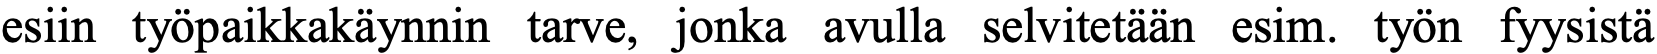
esiin työpaikkakäynnin tarve, jonka avulla selvitetään esim. työn fyysistä